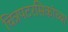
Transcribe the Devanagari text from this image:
चित्रपटरसिकांच्या